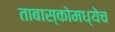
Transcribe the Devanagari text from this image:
ताबास्कोमध्येच